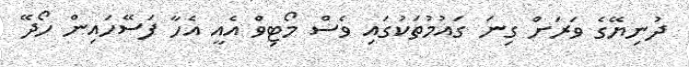
ދުނިޔޭގެ ވަރަށް ގިނަ ގައުމުތަކުގައި ވެސް މޯޓިވް އެއީ އެހާ ފަސޭހައިން ހޯދޭ